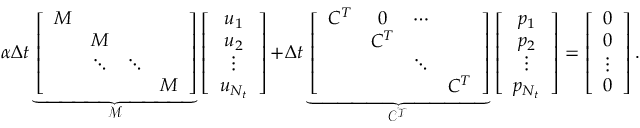
\alpha \Delta t \underbrace { \left[ \begin{array} { c c c c } { M } & & & \\ & { M } & & \\ & { \ddots } & { \ddots } & \\ & & & { M } \end{array} \right] } _ { \mathcal { M } } \left[ \begin{array} { c } { u _ { 1 } } \\ { u _ { 2 } } \\ { \vdots } \\ { u _ { N _ { t } } } \end{array} \right] { + } \Delta t \underbrace { \left[ \begin{array} { c c c c } { C ^ { T } } & { 0 } & { \cdots } & \\ & { C ^ { T } } & & \\ & & { \ddots } & \\ & & & { C ^ { T } } \end{array} \right] } _ { \mathcal { C ^ { T } } } \left[ \begin{array} { c } { p _ { 1 } } \\ { p _ { 2 } } \\ { \vdots } \\ { p _ { N _ { t } } } \end{array} \right] = \left[ \begin{array} { c } { 0 } \\ { 0 } \\ { \vdots } \\ { 0 } \end{array} \right] .